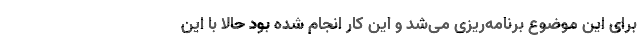
برای این موضوع برنامه‌ریزی می‌شد و این کار انجام شده بود حالا با این